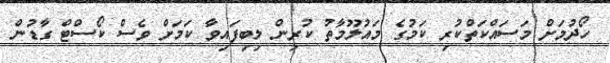
ހޯދުމަށް މަސައްކަތްކުރި ކަމުގެ މައުލޫމާތު ކުރިން ލިބިފައިވާ ކަމަށް ވެސް ކޯސްޓް ގާޑުން